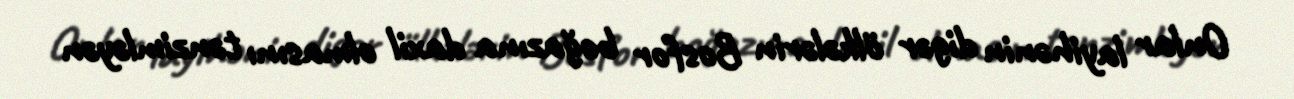
Onlar layihənin digər ölkələrin Bosfor boğazına daxil olmasını tənzimləyən